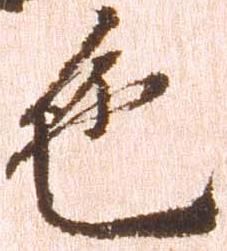
色